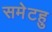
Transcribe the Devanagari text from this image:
समेटहु